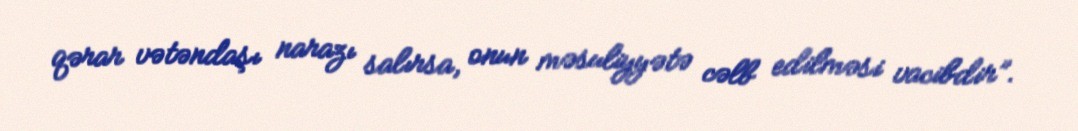
qərar vətəndaşı narazı salırsa, onun məsuliyyətə cəlb edilməsi vacibdir”.